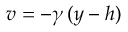
v = - \gamma \, ( y - h )